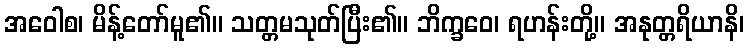
အဝေါစ၊ မိန့်တော်မူ၏။ သတ္တမသုတ်ပြီး၏။ ဘိက္ခဝေ၊ ရဟန်းတို့။ အနုတ္တရိယာနိ၊